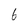
Character: 6